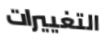
التغييرات